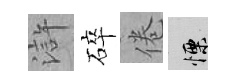
滸碎倦慄